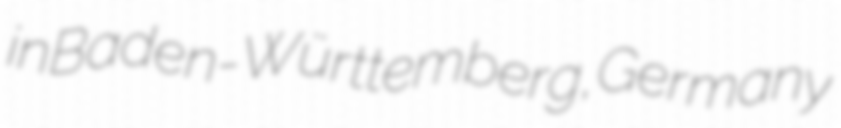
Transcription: in Baden-Württemberg, Germany